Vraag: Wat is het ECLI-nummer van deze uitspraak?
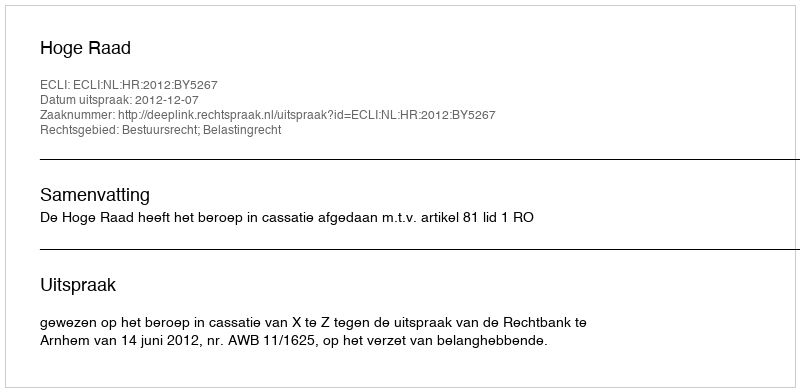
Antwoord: ECLI:NL:HR:2012:BY5267